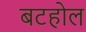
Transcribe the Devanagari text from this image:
बटहोल